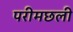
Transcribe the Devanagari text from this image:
परीमछली